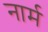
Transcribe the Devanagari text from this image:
नार्म